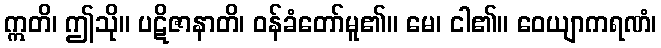
ဣတိ၊ ဤသို။ ပဋိဇာနာတိ၊ ဝန်ခံတော်မူ၏။ မေ၊ ငါ၏။ ဝေယျာကရဏံ၊